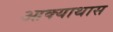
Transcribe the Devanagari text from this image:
आक्याथास